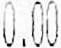
0.00